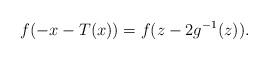
LaTeX: \begin{align*}f(-x-T(x)) = f(z - 2 g^{-1}(z)).\end{align*}